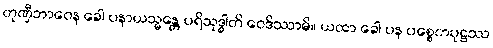
တုဏှီဘာဝေန ခေါ ပနာယသ္မန္တေ ပရိသုဒ္ဓါတိ ဝေဒိဿာမိ။ ယထာ ခေါ ပန ပစ္စေကပုဋ္ဌဿ